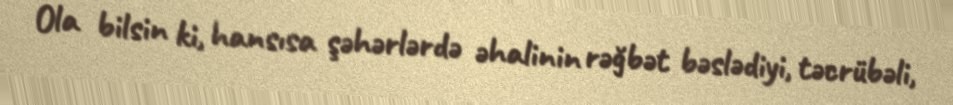
Ola bilsin ki, hansısa şəhərlərdə əhalinin rəğbət bəslədiyi, təcrübəli,